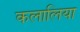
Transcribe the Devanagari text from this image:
कलालिया